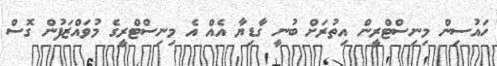
ހައުސިން މިނިސްޓްރީން އިތުރަށް ބުނީ ގާޑިޔާ އެއް އެ މިނިސްޓްރީގެ މުވައްޒަފުން ގޮސް